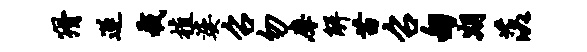
猾遂截植婆召勿摩解苗召甸期落